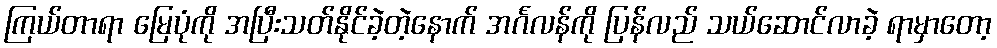
ကြယ်တာရာ မြေပုံကို အပြီးသတ်နိုင်ခဲ့တဲ့နောက် အင်္ဂလန်ကို ပြန်လည် သယ်ဆောင်လာခဲ့ ရာမှာတော့